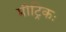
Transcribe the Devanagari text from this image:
मीट्रिकः